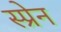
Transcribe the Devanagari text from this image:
स्प्रेन